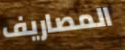
المصاريف